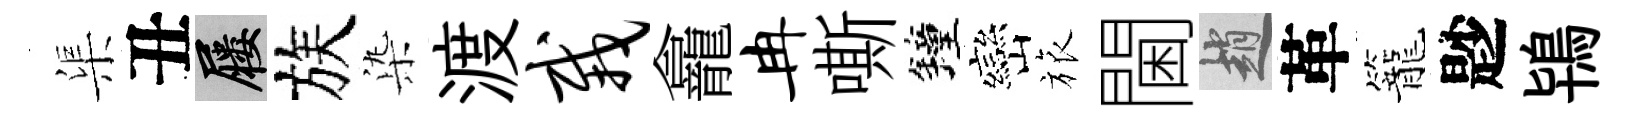
渠丑屨族𣑱渡栽龕冉嘶鐘巒旅閫趙革籠尟鴇